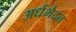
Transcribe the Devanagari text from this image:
अर्धभैदन